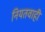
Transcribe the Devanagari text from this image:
नियतवाही